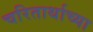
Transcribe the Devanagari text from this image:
चरितार्थाच्या